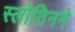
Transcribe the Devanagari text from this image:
स्लोतिनने